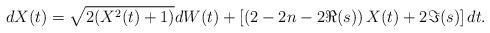
LaTeX: \begin{align*}dX(t)=\sqrt{2(X^2(t)+1)}dW(t)+\left[\left(2-2n-2\Re(s)\right)X(t)+2\Im(s)\right]dt.\end{align*}